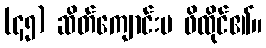
(၄၅) ဆိတ်ကျောင်းမ ဖိထိုင်၏။